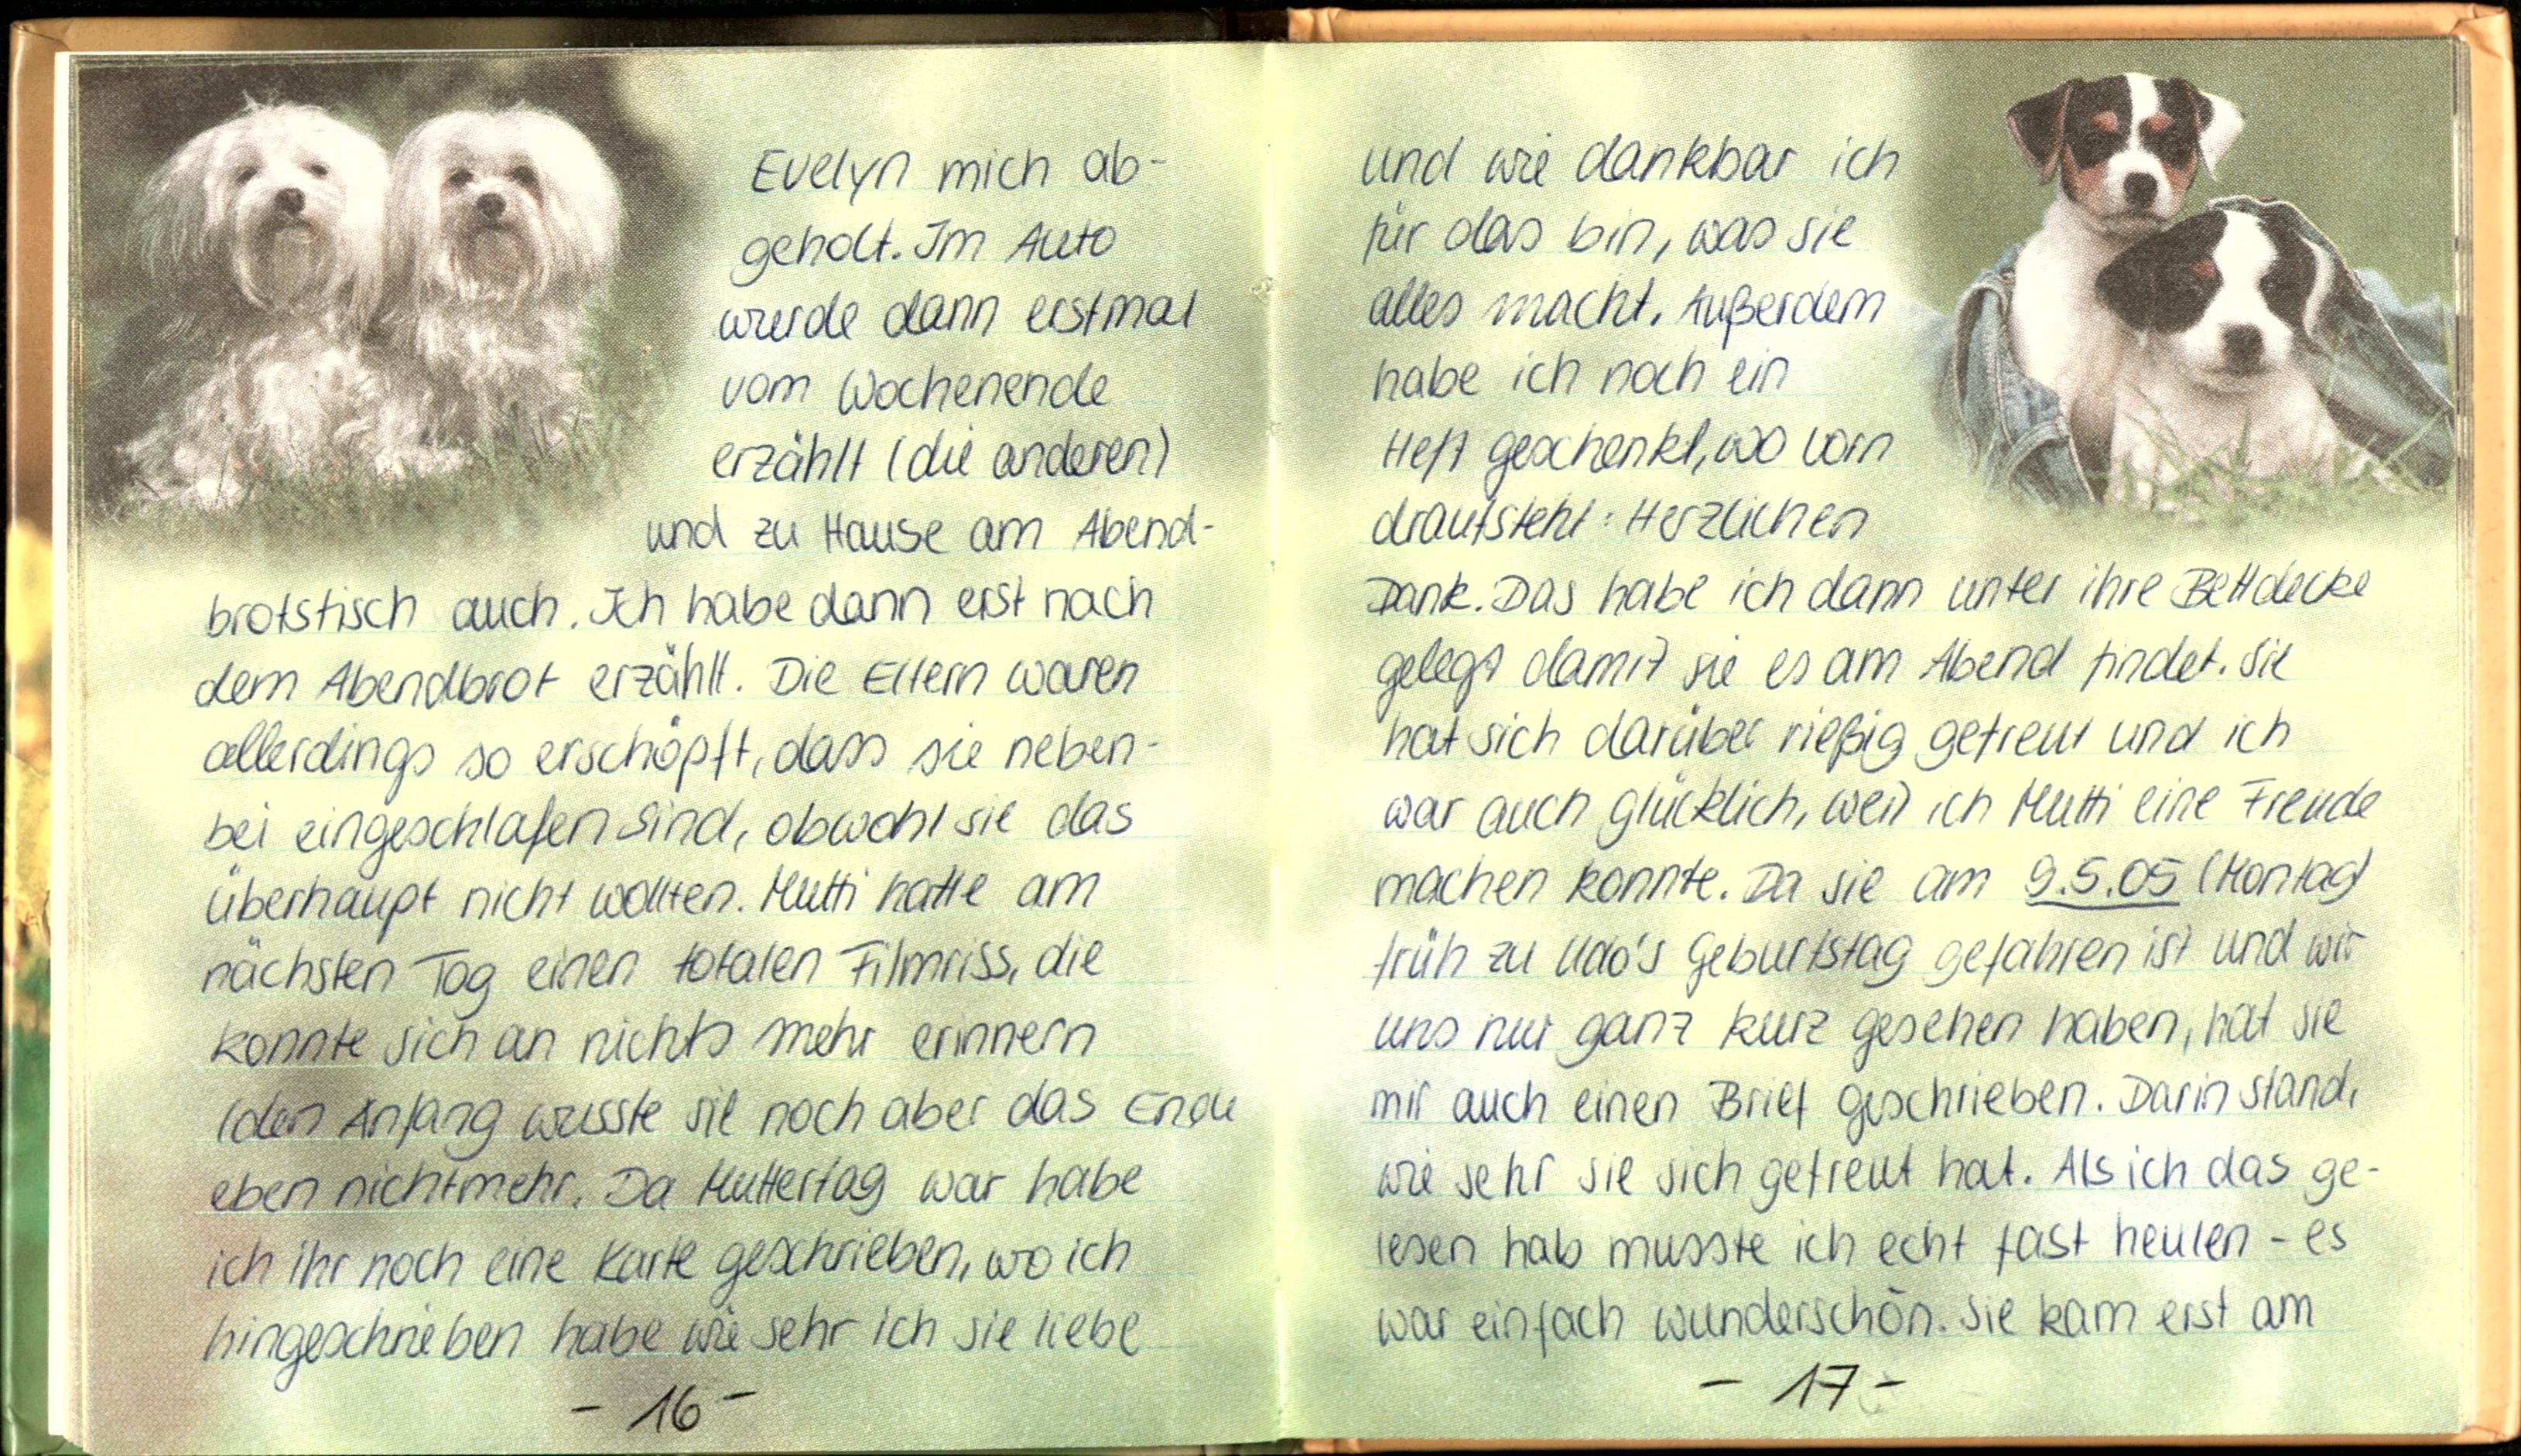
Evelyn mich ab-
geholt. Im Auto-
wurde dann erstmal
vom Wochenende
erzählt (die anderen)
und zu Hause am Abend
brotstisch auch. Ich habe dann erst nach
dem Abendbrot erzählt. Die Eltern waren
allerdings so erschöpft, dass sie neben-
bei eingeschlafen sind, obwohl sie das
überhaupt nicht wollten. Mutti hatte am
nächsten Tag einen totalen Filmriss, die
konnte sich an nichts mehr erinnern
(den Anfang wusste sie noch aber das Ende
eben nicht mehr. Da Muttertag war habe
ich ihr noch eine Karte geschrieben, wo ich
hingeschrieben habe wie sehr ich sie liebe

und wie dankbar ich
für das bin, was sie
alles macht. Außerdem
habe ich noch ein
Heft geschenkt, wo vorn
draufsteht: Herzlichen
Dank. Das habe ich dann unter ihre Bettdecke
gelegt damit sie es am Abend findet. Sie
hat sich darüber rießig gefreut und ich
war auch glücklich, weil ich Mutti eine Freude
machen konnte. Da sie am 9.5.05 (Montag)
früh zu Udo's Geburtstag gefahren ist und wir
uns nur ganz kurz gesehen haben, hat sie
mir auch einen Brief geschrieben. Darin stand,
wie sehr sie sich gefreut hat. Als ich das ge-
lesen hab musste ich echt fast heulen - es
war einfach wunderschön. Sie kam erst am